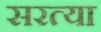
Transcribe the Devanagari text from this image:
सरत्या